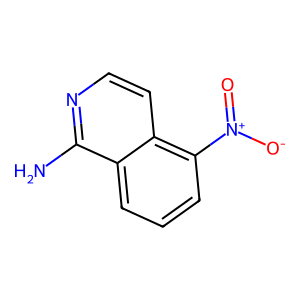
SMILES: Nc1nccc2c([N+](=O)[O-])cccc12
Inhibits HIV replication: No